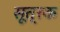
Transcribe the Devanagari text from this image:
सूत्रक